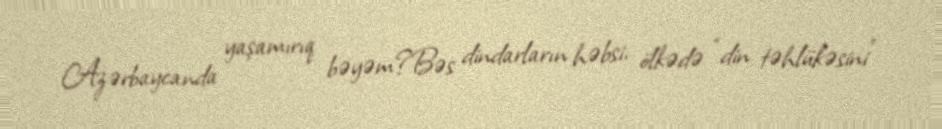
Azərbaycanda yaşamırıq bəyəm?Bəs dindarların həbsi, ölkədə “din təhlükəsini”